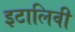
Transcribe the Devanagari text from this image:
इटालिवी